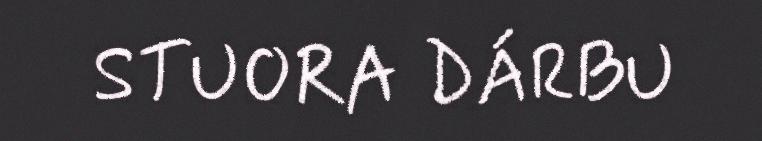
STUORA DÁRBU